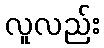
လူလည်း